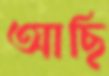
আছি